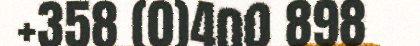
+358 (0)400 898